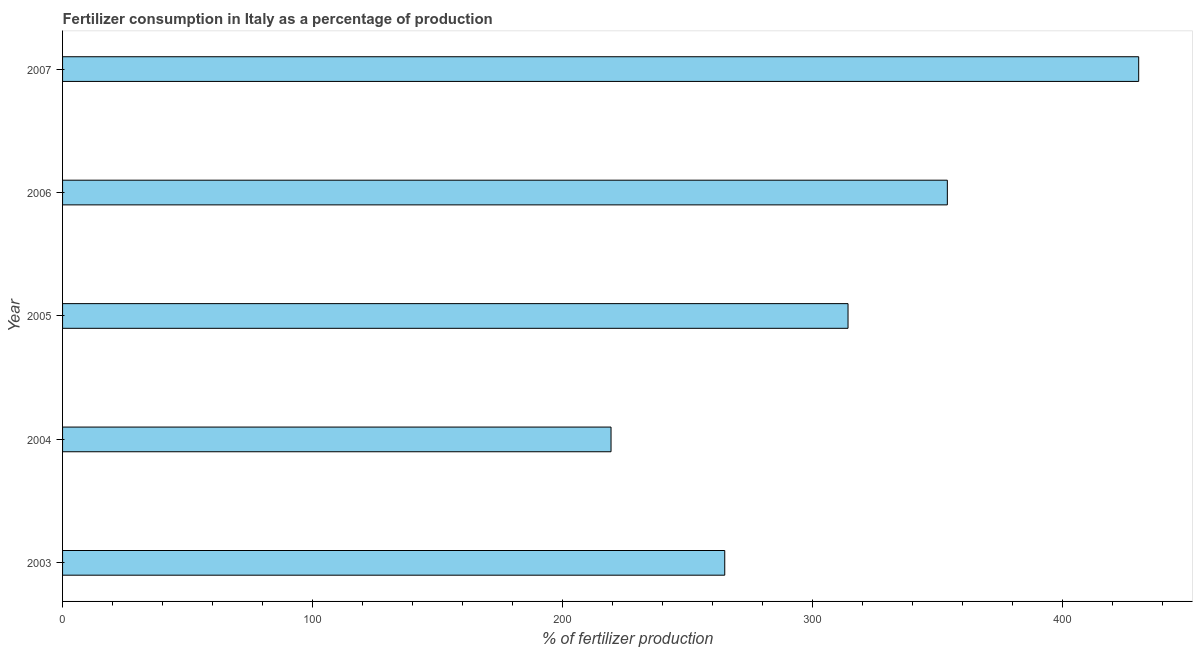
| Year | Fertilizer consumption |
 | --- | --- |
 | 2003 | 265 |
 | 2004 | 219 |
 | 2005 | 314 |
 | 2006 | 354 |
 | 2007 | 431 |